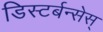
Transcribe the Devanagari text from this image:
डिस्टर्बन्सेस्